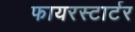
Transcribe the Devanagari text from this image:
फायरस्टार्टर